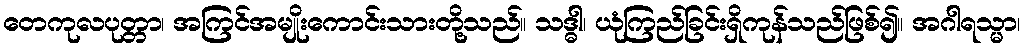
တေကုလပုတ္တာ၊ အကြင်အမျိုးကောင်းသားတို့သည်။ သဒ္ဓါ၊ ယုံကြည်ခြင်းရှိကုန်သည်ဖြစ်၍။ အဂါရသ္မာ၊